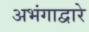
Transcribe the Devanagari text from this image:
अभंगाद्वारे